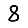
Digit: 8